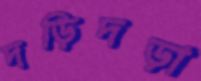
দড়িদড়া